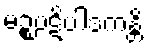
မဉ္စပဋိပါဒကန္တိ